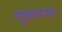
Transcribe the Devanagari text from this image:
लुफ़्थानसा